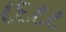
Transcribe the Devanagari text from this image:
८६८८